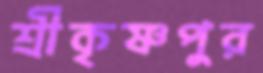
শ্রীকৃষ্ণপুর